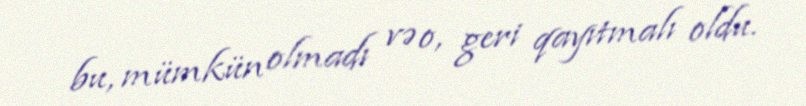
bu, mümkün olmadı və o, geri qayıtmalı oldu.